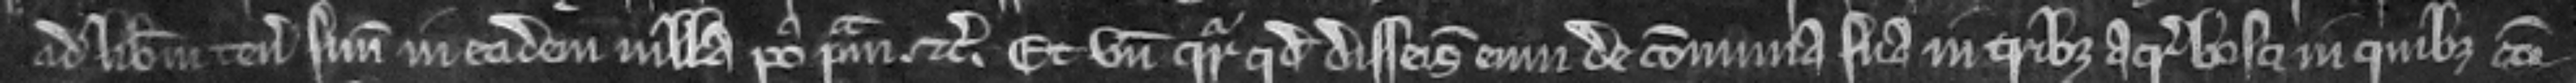
ad liberum tenementum suum in eadem villa post primam. etc. Et unde queritur quod disseisivit eum de communa sua in tribus acris bosci in quibus com